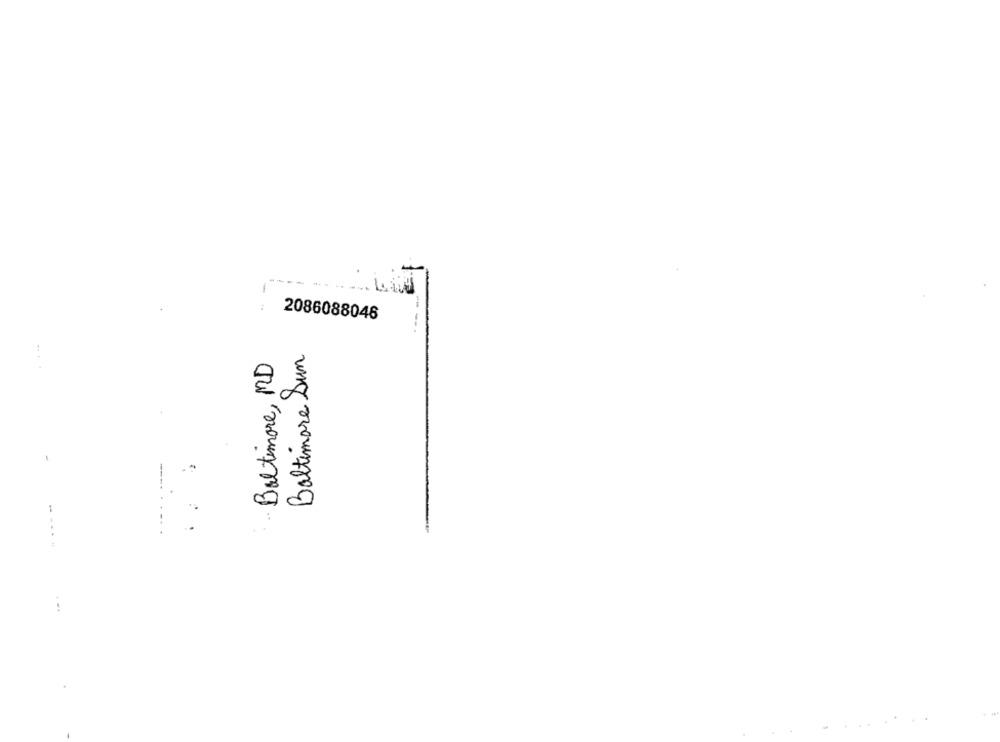
2086088046
Baltimore Sun
Baltimore, MD
...